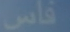
فس